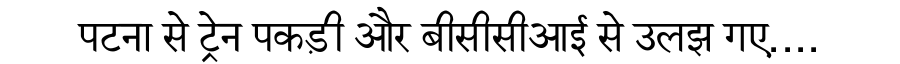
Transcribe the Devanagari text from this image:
पटना से ट्रेन पकड़ी और बीसीसीआई से उलझ गए....